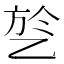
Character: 乻